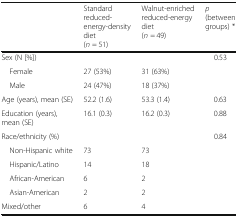
|  | Standard reduced-energy-density diet (n = 51) | Walnut-enriched reduced-energy diet (n = 49) | p (between groups) * |
 | --- | --- | --- | --- |
 | <COLSPAN=3> Sex (N [%]) | <ROWSPAN=3> 0.53 |
 | Female | 27 (53%) | 31 (63%) |
 | Male | 24 (47%) | 18 (37%) |
 | Age (years), mean (SE) | 52.2 (1.6) | 53.3 (1.4) | 0.63 |
 | Education (years), mean (SE) | 16.1 (0.3) | 16.2 (0.3) | 0.88 |
 | <COLSPAN=3> Race/ethnicity (%) | <ROWSPAN=6> 0.84 |
 | Non-Hispanic white | 73 | 73 |
 | Hispanic/Latino | 14 | 18 |
 | African-American | 6 | 2 |
 | Asian-American | 2 | 2 |
 | Mixed/other | 6 | 4 |